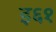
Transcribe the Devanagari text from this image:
इ६१